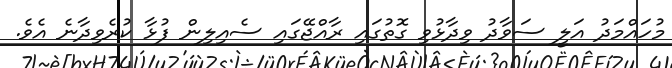
މުހައްމަދު އަލީ ސަވާދު ވިދާޅުވި ގޮތުގައި ރާއްޖޭގައި ސެއިލިން ފުޅާ ކުރެވިދާނެ އެވެ.